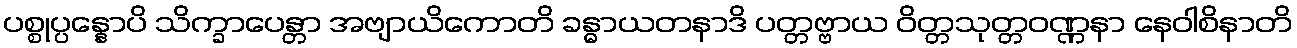
ပစ္စုပ္ပန္နောပိ သိက္ခာပေန္တာ အဗျာယိကောတိ ခန္ဓာယတနာဒိ ပတ္တဗ္ဗာယ ဝိတ္တသုတ္တဝဏ္ဏနာ နေဝါစိနာတိ